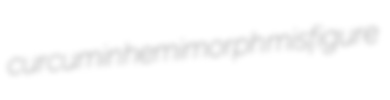
curcumin hemimorph misfigure